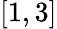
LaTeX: [1,3]